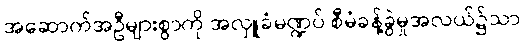
အဆောက်အဦများစွာကို အလှူခံမဏ္ဍပ် စီမံခန့်ခွဲမှုအလယ်၌သာ